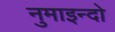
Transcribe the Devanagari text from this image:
नुमाइन्दो